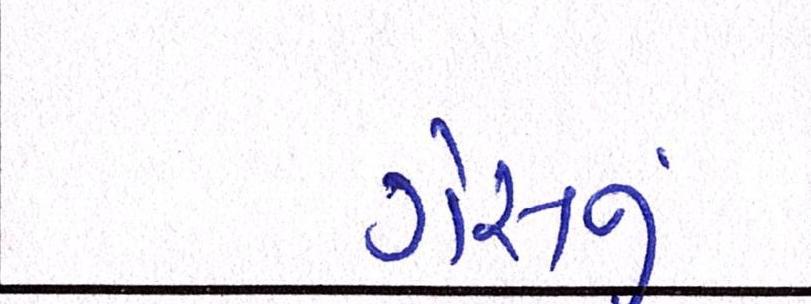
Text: ગેસનું